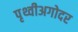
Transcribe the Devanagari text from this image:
पृथ्वीअगोदर